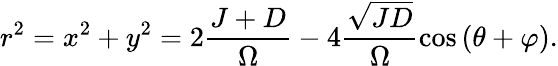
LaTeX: r^{2}=x^{2}+y^{2}=2\frac{J+D}{\Omega}-4\frac{\sqrt{JD}}{\Omega}\cos\left(\theta+\varphi\right).